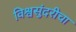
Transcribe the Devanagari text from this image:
विश्वसुंदरीचा